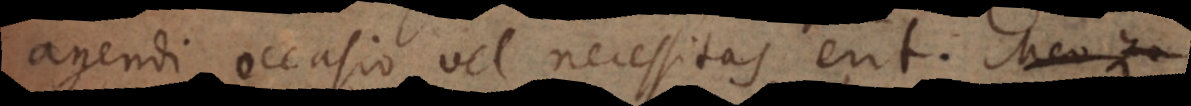
agendi occasio vel necessitas erit.